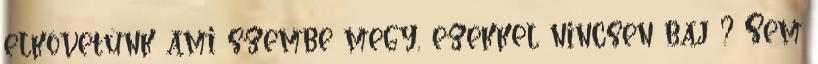
elkövetünk ami szembe megy, ezekkel nincsen baj ? Sem